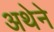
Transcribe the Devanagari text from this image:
अथेने